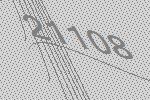
21108